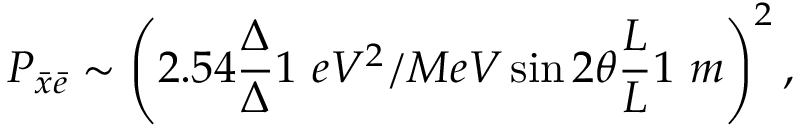
P _ { \bar { x } \bar { e } } \sim \left( 2 . 5 4 \frac { \Delta } { \Delta } { 1 ~ e V ^ { 2 } / M e V } \sin 2 \theta \frac { L } { L } { 1 ~ m } \right) ^ { 2 } ,